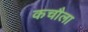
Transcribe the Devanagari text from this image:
कचौला